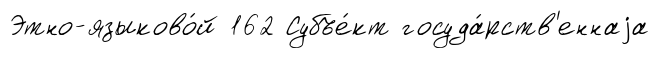
Этно-языково́й 162 Субъе́кт госуда́рств'еннаjа